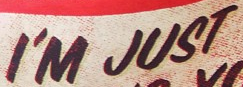
I'M JUST